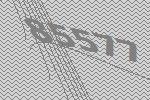
85577